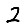
Digit: 2